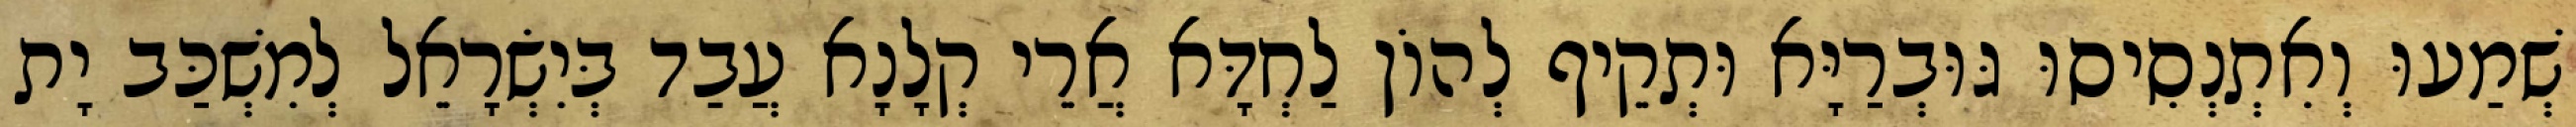
שְׁמַעוּ וְאִתְנְסִיסוּ גּוּבְרַיָּא וּתְקֵיף לְהוֹן לַחְדָּא אֲרֵי קְלָנָא עֲבַד בְּיִשְׂרָאֵל לְמִשְׁכַּב יָת